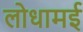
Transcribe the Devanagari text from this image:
लोधामई